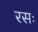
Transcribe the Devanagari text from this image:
रसः